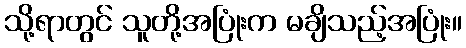
သို့ရာတွင် သူတို့အပြုံးက မချိသည့်အပြုံး။